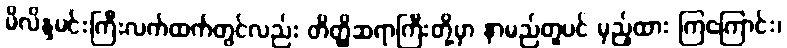
မိလိန္ဒမင်းကြီးလက်ထက်တွင်လည်း တိတ္ထိဆရာကြီးတို့မှာ နာမည်တူပင် မှည့်ထား ကြကြောင်း၊